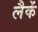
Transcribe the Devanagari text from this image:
लैकें